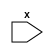
module top
(
 input x
 );

endmodule

module top1
(
 input x
 );

endmodule